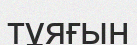
тұяғын